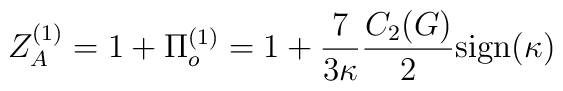
Z_A^{(1)} = 1 + \Pi_o^{(1)}                 = 1 + \frac{7}{3\kappa} \frac{C_2 (G)}{2}{\rm sign}(\kappa)